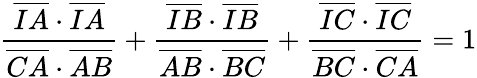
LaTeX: {\frac{{\overline{{IA}}}\cdot{\overline{{IA}}}}{{\overline{{CA}}}\cdot{\overline{{AB}}}}}+{\frac{{\overline{{IB}}}\cdot{\overline{{IB}}}}{{\overline{{AB}}}\cdot{\overline{{BC}}}}}+{\frac{{\overline{{IC}}}\cdot{\overline{{IC}}}}{{\overline{{BC}}}\cdot{\overline{{CA}}}}}=1